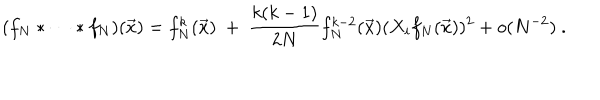
( f _ { N } * \dots * f _ { N } ) ( \vec { x } ) = f _ { N } ^ { k } ( \vec { x } ) \ + \ \frac { k ( k - 1 ) } { 2 N } f _ { N } ^ { k - 2 } ( \vec { x } ) ( X _ { i } f _ { N } ( \vec { x } ) ) ^ { 2 } + o ( N ^ { - 2 } ) \ .